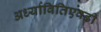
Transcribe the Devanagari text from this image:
अर्ध्यावितिएवढी